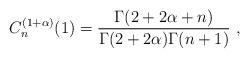
LaTeX: \begin{align*}C_{n}^{(1+\alpha)}(1)=\frac{\Gamma(2+2\alpha+n)}{\Gamma(2+2\alpha)\Gamma(n+1)}\ ,\end{align*}